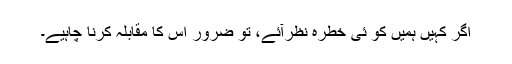
اگر کہیں ہمیں کو ئی خطرہ نظرآئے، تو ضرور اس کا مقابلہ کرنا چاہیے۔